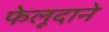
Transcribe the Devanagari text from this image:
फेलूदाने